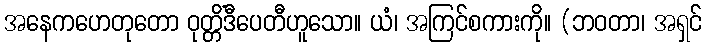
အနေကဟေတုတော ဝုတ္တိံဒီပေတီဟူသော။ ယံ၊ အကြင်စကားကို။ (ဘဝတာ၊ အရှင်